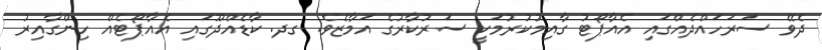
ދެވޭ ސަރަހައްދެއްގައި އެއާޕޯޓު ގާއިމުކުރުމަކީ ސަރުކާރުގެ އަމާޒެވެ. ގދ. ކާޑެއްދޫގައި އެއާޕޯޓެއް ހިންގާއިރު